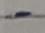
Text: -